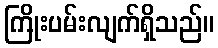
ကြိုးပမ်းလျက်ရှိသည်။